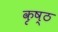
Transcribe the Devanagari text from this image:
कृष्ठ